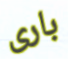
بارى